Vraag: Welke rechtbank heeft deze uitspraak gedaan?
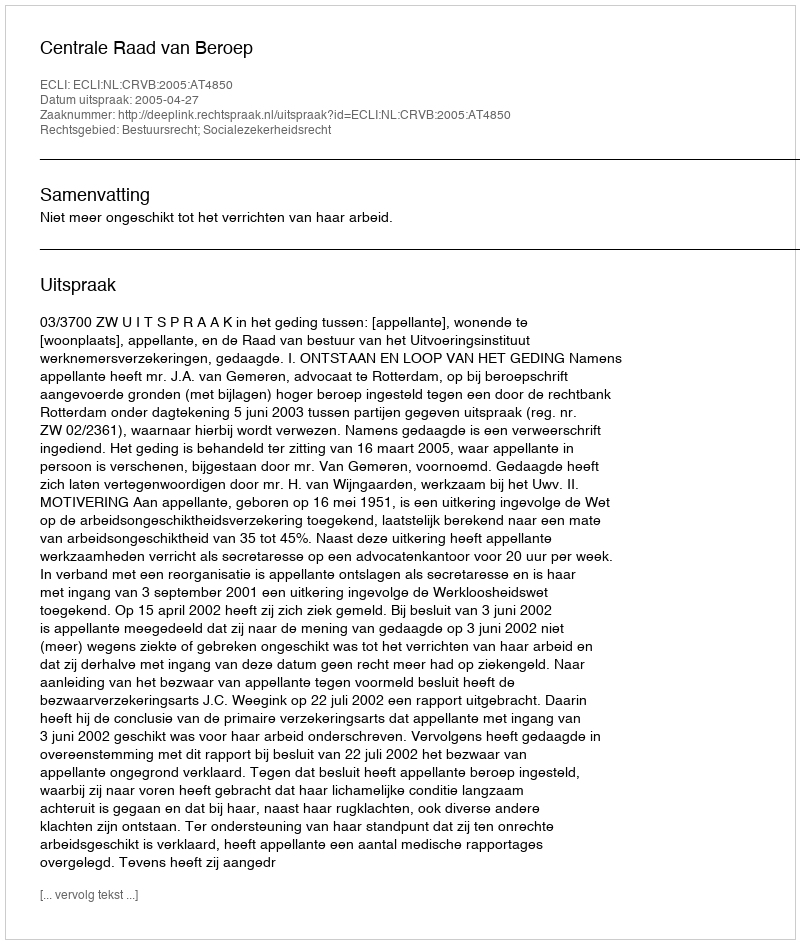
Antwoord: Centrale Raad van Beroep